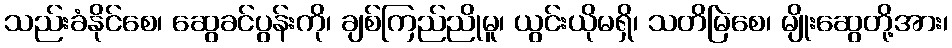
သည်းခံနိုင်စေ၊ ဆွေခင်ပွန်းကို၊ ချစ်ကြည်ညိုမူ၊ ယွင်းယိုမရှိ၊ သတိမြဲစေ၊ မျိုးဆွေတို့အား၊